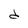
Character: d